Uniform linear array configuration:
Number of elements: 48
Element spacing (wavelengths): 0.75
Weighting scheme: cosine
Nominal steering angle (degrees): -15
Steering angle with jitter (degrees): -13.36
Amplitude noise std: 0.05
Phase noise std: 0.05

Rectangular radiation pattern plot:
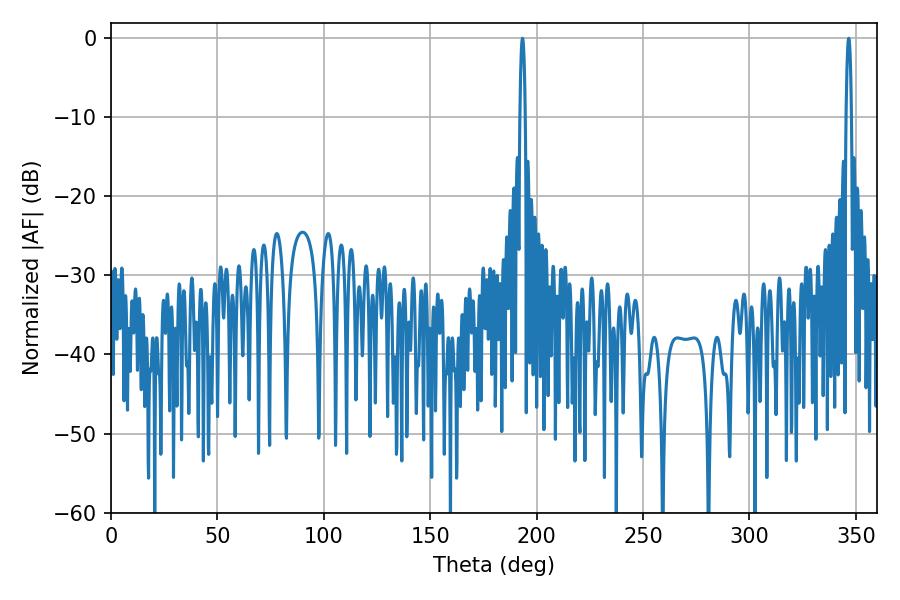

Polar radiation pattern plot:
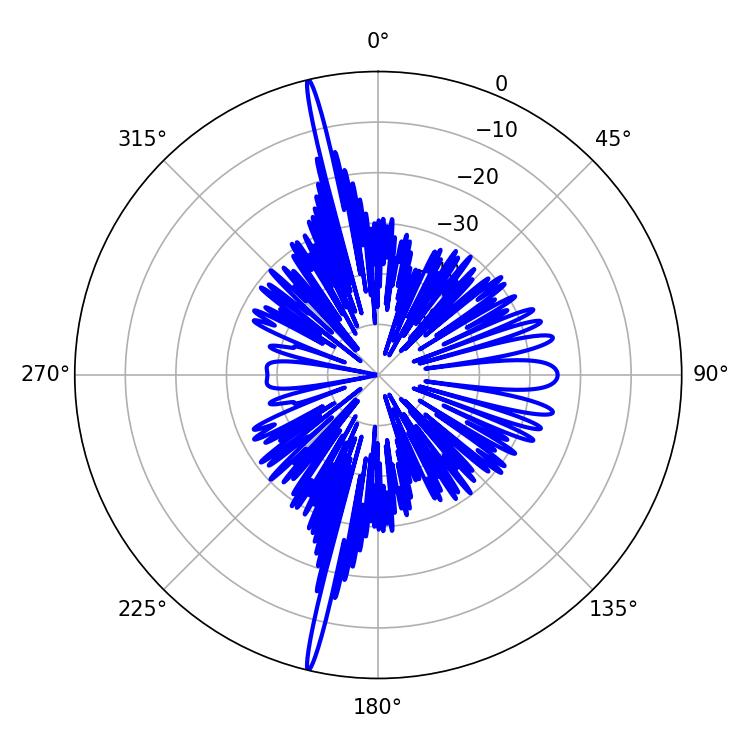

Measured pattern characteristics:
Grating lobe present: TRUE
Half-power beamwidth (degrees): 1.44
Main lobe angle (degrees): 193.32